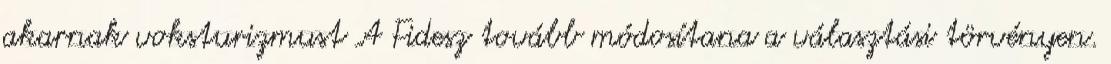
akarnak voksturizmust A Fidesz tovább módosítana a választási törvényen.